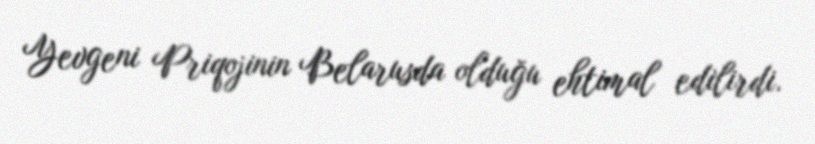
Yevgeni Priqojinin Belarusda olduğu ehtimal edilirdi.